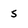
Character: 5